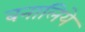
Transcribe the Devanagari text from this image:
बनालिये